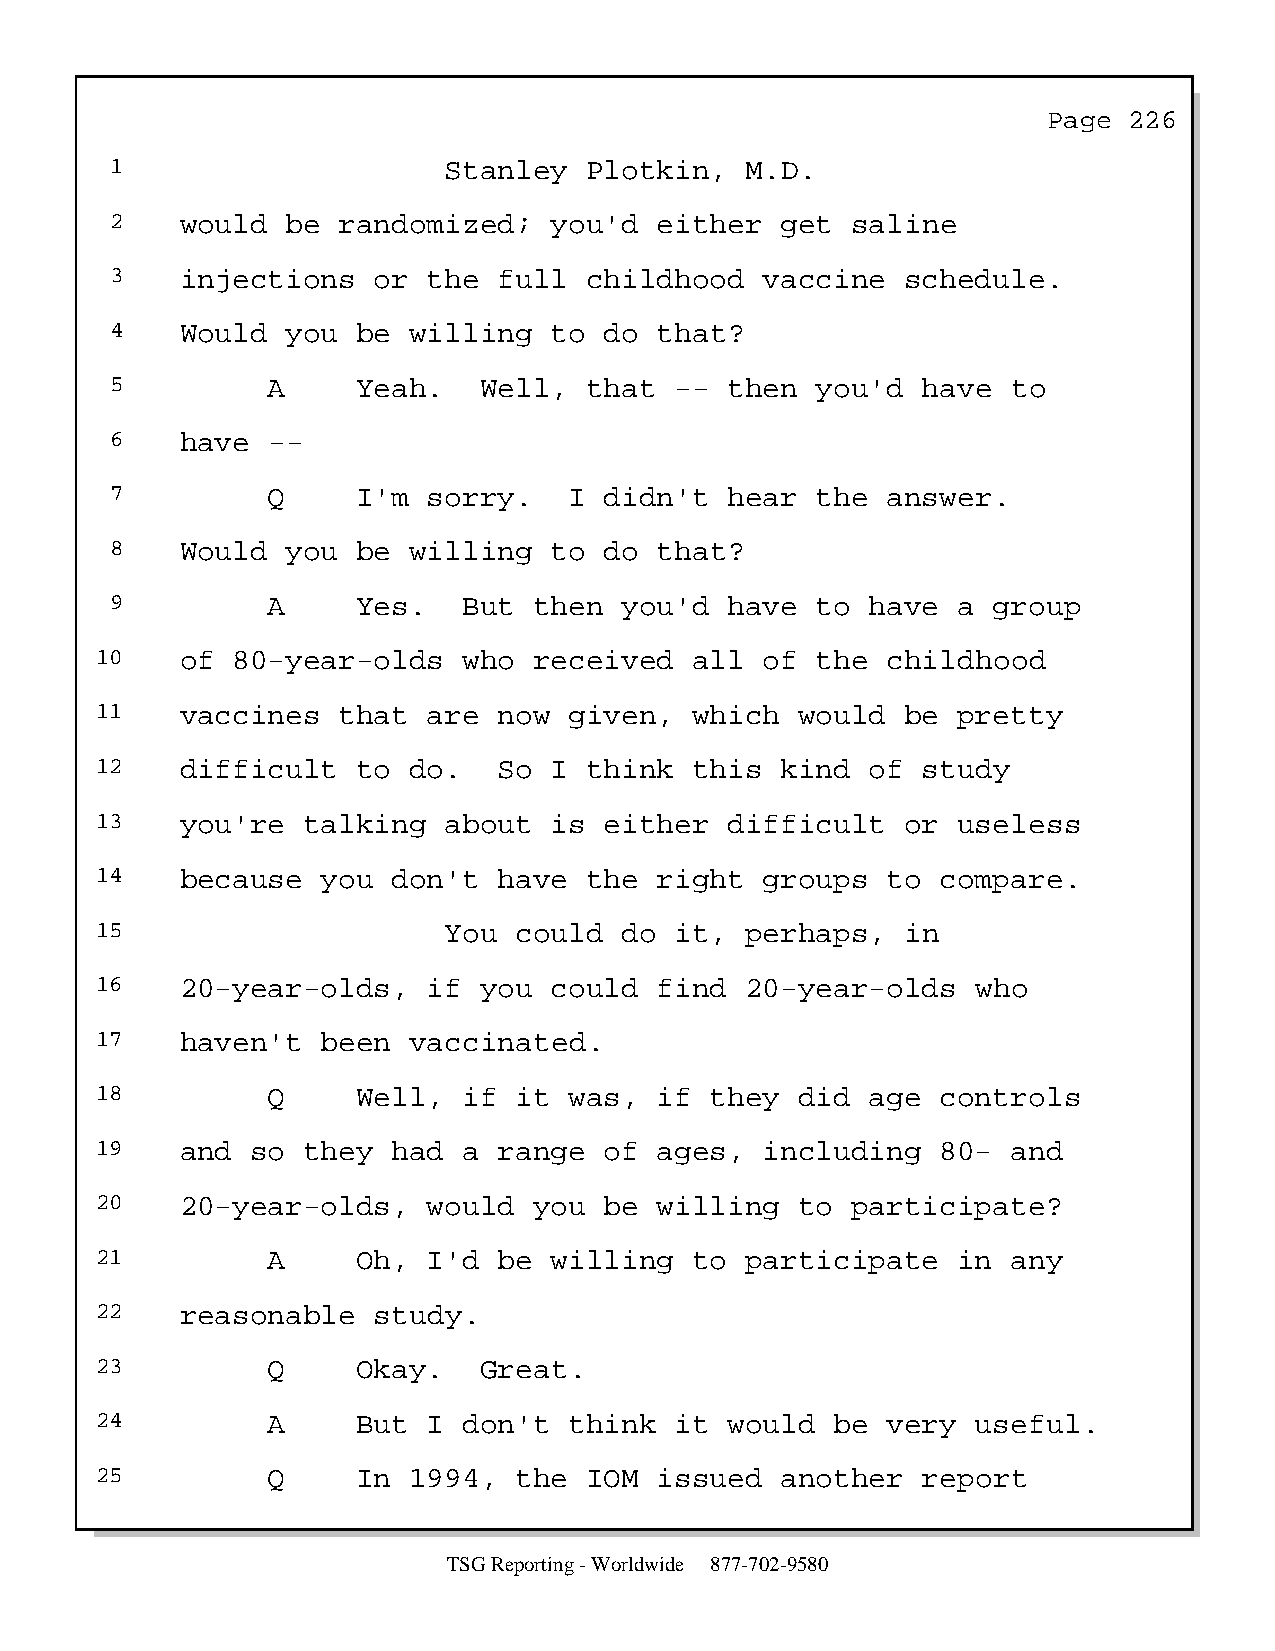
Page  226
 1                     Stanley   Plotkin,  M.D.
 2    would  be randomized;   you'd   either  get saline
 3    injections   or the  full  childhood   vaccine  schedule.
 4    Would  you  be willing  to  do  that?
 5          A     Yeah.   Well,  that  -- then  you'd  have  to
 6    have  --
 7          Q     I'm sorry.    I didn't  hear  the  answer.
 8    Would  you  be willing  to  do  that?
 9          A     Yes.   But then  you'd  have  to  have a  group
 10    of 80-year-olds    who received   all  of the  childhood
 11    vaccines  that  are  now  given,  which  would  be pretty
 12    difficult   to do.   So I  think  this  kind  of study
 13    you're  talking  about  is  either  difficult   or useless
 14    because  you  don't  have  the  right  groups  to compare.
 15                     You  could  do  it, perhaps,   in
 16    20-year-olds,   if  you could   find 20-year-olds    who
 17    haven't  been  vaccinated.
 18          Q     Well,  if it  was,  if they  did  age controls
 19    and  so they  had  a range  of  ages,  including  80-  and
 20    20-year-olds,   would  you  be  willing  to participate?
 21          A     Oh, I'd  be willing   to participate   in  any
 22    reasonable   study.
 23          Q     Okay.   Great.
 24          A     But I  don't  think  it would  be  very  useful.
 25          Q     In 1994,  the  IOM  issued  another  report
 TSG Reporting - Worldwide 877-702-9580